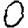
Digit: 0